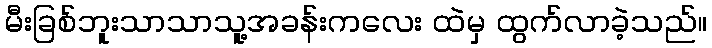
မီးခြစ်ဘူးသာသာသူ့အခန်းကလေး ထဲမှ ထွက်လာခဲ့သည်။